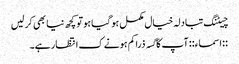
چیٹنگ تبادلہ خیال مکمل ہو گیا ہو تو کچھ نیا بھی کر لیں
::اسماء:: آپ کا گسہ ذرا کم ہونے ک انتظار ہے۔